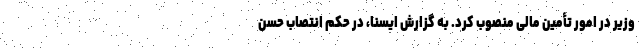
وزیر در امور تأمین مالی منصوب کرد. به گزارش ایسنا، در حکم انتصاب حسن